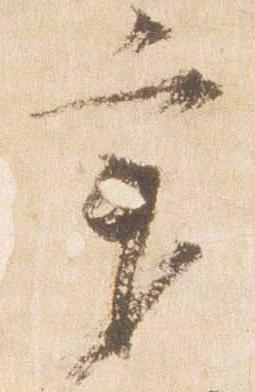
秉